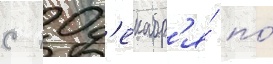
с 10 д'екабр'я́ по́